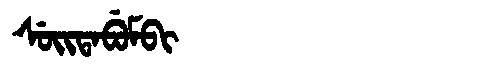
Manchu: ᠰᡠᡳᡨᠠᠪᡠᠮᠪᡳ
Romanization: SUITABUMBI